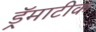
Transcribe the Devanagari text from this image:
ड्रॅमाटीक